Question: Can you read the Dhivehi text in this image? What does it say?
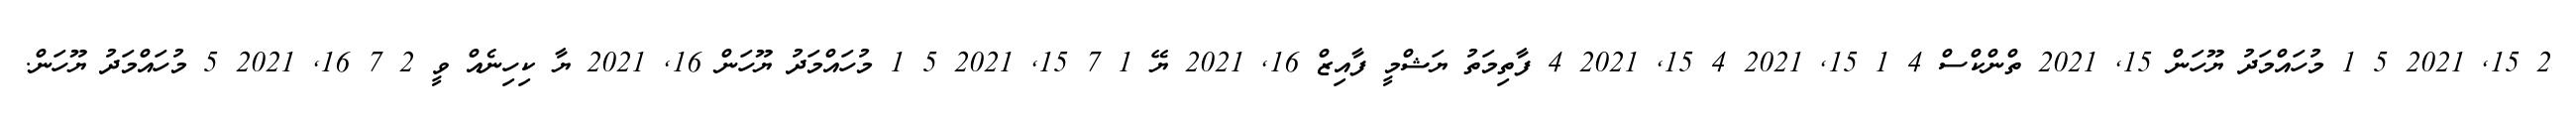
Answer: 2 15, 2021 5 1 މުހައްމަދު ޔޫހަން 15, 2021 ތްންކްސް 4 1 15, 2021 4 15, 2021 4 ފާތިމަތު ޔަޝްމީ ފާއިޒް 16, 2021 ޔޭ 1 7 15, 2021 5 1 މުހައްމަދު ޔޫހަން 16, 2021 ޔާ ކިހިނެއް ވީ 2 7 16, 2021 5 މުހައްމަދު ޔޫހަން.